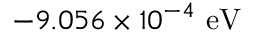
- 9 . 0 5 6 \times 1 0 ^ { - 4 } \ { \mathrm { e V } }